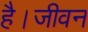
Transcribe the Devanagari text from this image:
है।जीवन